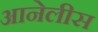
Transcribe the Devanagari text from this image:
आनेलीस